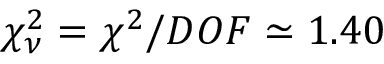
\chi _ { \nu } ^ { 2 } = \chi ^ { 2 } / D O F \simeq 1 . 4 0